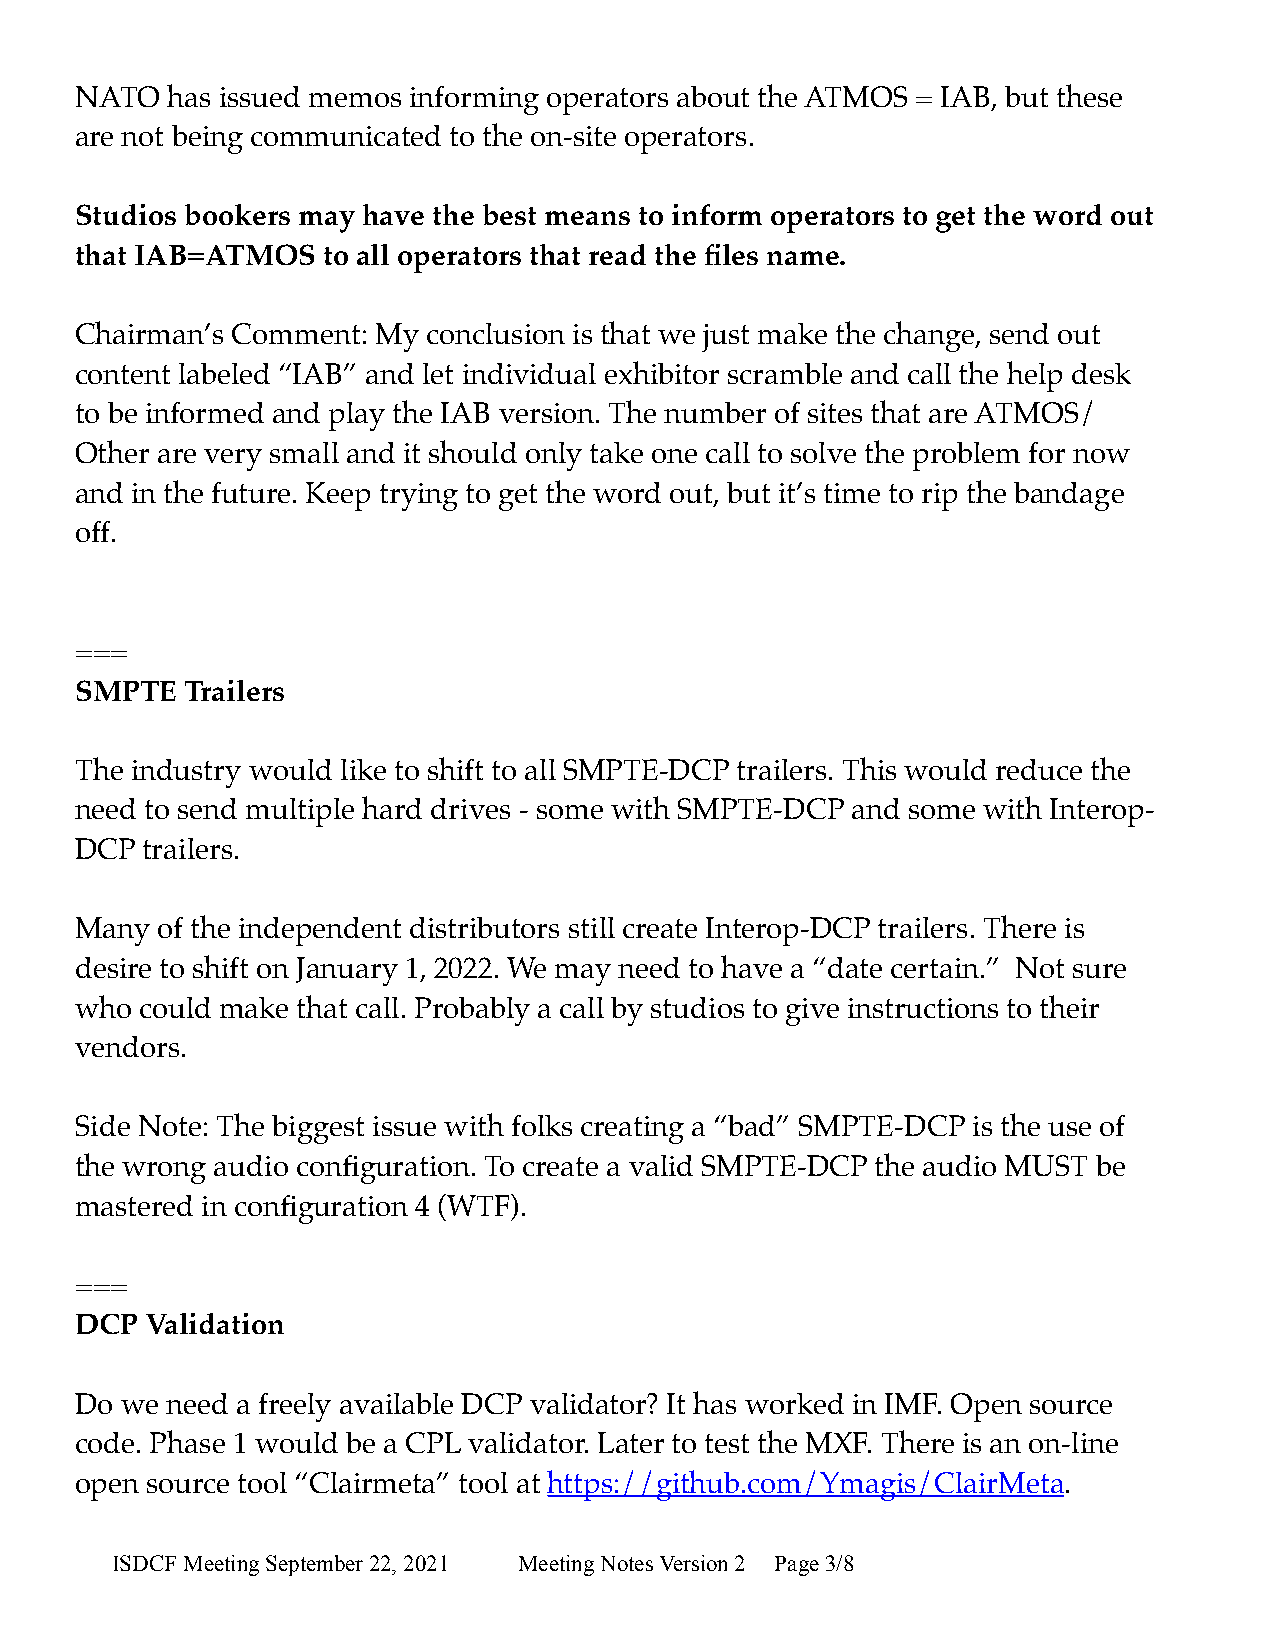
NATO  has issued memos informing operators about the ATMOS = IAB, but these
 are not being communicated to the on-site operators.
 Studios bookers may have the best means to inform operators to get the word out
 that IAB=ATMOS  to all operators that read the files name.
 Chairman’s Comment: My conclusion is that we just make the change, send out
 content labeled “IAB” and let individual exhibitor scramble and call the help desk
 to be informed and play the IAB version. The number of sites that are ATMOS/
 Other are very small and it should only take one call to solve the problem for now
 and in the future. Keep trying to get the word out, but it’s time to rip the bandage
 off.
 ===
 SMPTE  Trailers
 The industry would like to shift to all SMPTE-DCP trailers. This would reduce the
 need to send multiple hard drives - some with SMPTE-DCP and some with Interop-
 DCP trailers.
 Many of the independent distributors still create Interop-DCP trailers. There is
 desire to shift on January 1, 2022. We may need to have a “date certain.” Not sure
 who could make that call. Probably a call by studios to give instructions to their
 vendors.
 Side Note: The biggest issue with folks creating a “bad” SMPTE-DCP is the use of
 the wrong audio configuration. To create a valid SMPTE-DCP the audio MUST be
 mastered in configuration 4 (WTF).
 ===
 DCP  Validation
 Do we need a freely available DCP validator? It has worked in IMF. Open source
 code. Phase 1 would be a CPL validator. Later to test the MXF. There is an on-line
 open source tool “Clairmeta” tool at https://github.com/Ymagis/ClairMeta.
 ISDCF Meeting September 22, 2021 Meeting Notes Version 2 Page 3/8